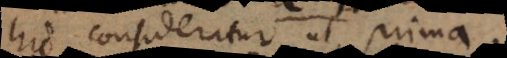
hic consideratur ut prima.